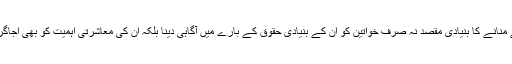
اس دن کے منانے کا بنیادی مقصد نہ صرف خواتین کو ان کے بنیادی حقوق کے بارے میں آگاہی دینا بلکہ ان کی معاشرتی اہمیت کو بھی اجاگر کرنا ہے۔